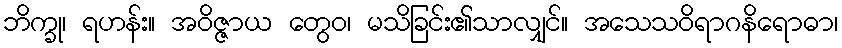
ဘိက္ခု၊ ရဟန်း။ အဝိဇ္ဇာယ တွေဝ၊ မသိခြင်း၏သာလျှင်။ အသေသဝိရာဂနိရောဓာ၊